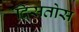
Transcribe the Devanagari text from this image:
दिसतोस